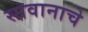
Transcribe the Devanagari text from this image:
सावानाचे